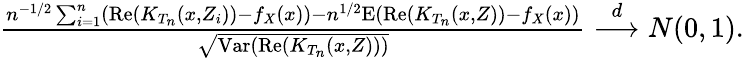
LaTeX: \begin{array}{r}{\frac{n^{-1/2}\sum_{i=1}^{n}(\mathrm{Re}(K_{T_{n}}(x,Z_{i}))-f_{X}(x))-n^{1/2}\mathrm{E}(\mathrm{Re}(K_{T_{n}}(x,Z))-f_{X}(x))}{\sqrt{\mathrm{Var}(\mathrm{Re}(K_{T_{n}}(x,Z)))}}\overset{d}{\longrightarrow}N(0,1).}\end{array}